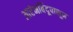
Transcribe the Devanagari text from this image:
आरंभबिंदूपासून